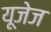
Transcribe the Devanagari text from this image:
यूजेज